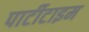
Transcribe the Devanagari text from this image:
पार्टीटाइम